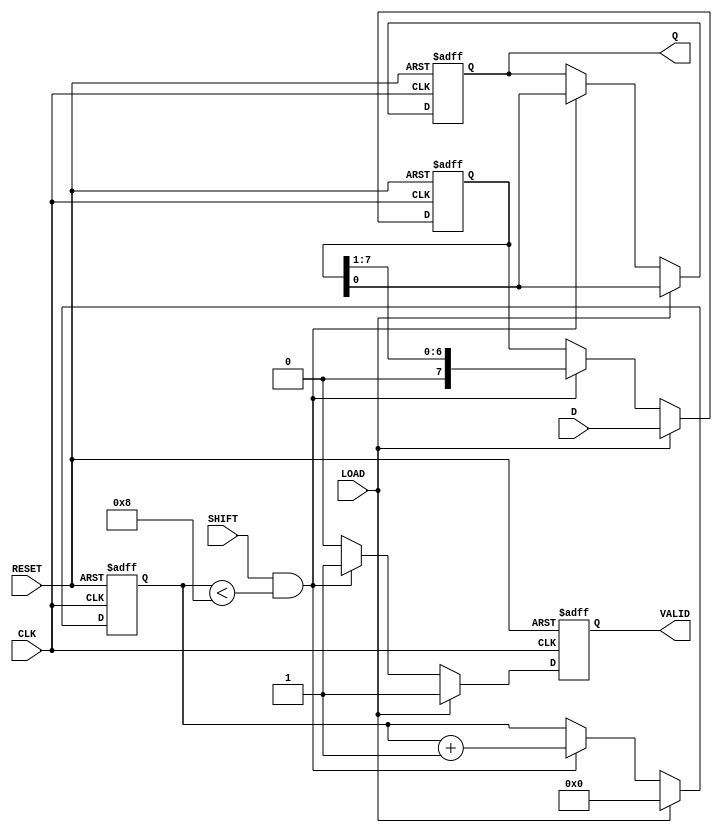
module piso_register #(
    parameter N = 8  // Width of the register
) (
    input  wire [N-1:0] D,       // Parallel Data Input
    input  wire LOAD,             // Load Signal
    input  wire SHIFT,            // Shift Signal
    input  wire CLK,              // Clock Signal
    input  wire RESET,            // Reset Signal
    output reg  Q,                // Serial Output
    output reg  VALID              // Shifted Data Valid Signal
);

    reg [N-1:0] SR;               // Internal Shift Register
    reg [3:0] shift_count;        // Count for shifted data

    always @(posedge CLK or posedge RESET) begin
        if (RESET) begin
            SR <= 0;               // Reset the register
            Q <= 0;                // Reset serial output
            VALID <= 0;            // Reset valid signal
            shift_count <= 0;      // Reset shift count
        end
        else begin
            if (LOAD) begin
                SR <= D;           // Load parallel data into the register
                Q <= SR[0];        // Output the LSB of the SR
                VALID <= 1;        // Data is valid after loading
                shift_count <= 0;  // Reset shift count
            end
            else if (SHIFT && (shift_count < N)) begin
                Q <= SR[0];        // Output the LSB of the SR
                SR <= {1'b0, SR[N-1:1]}; // Shift right, MSB filled with 0
                VALID <= 1;        // Data is valid while shifting
                shift_count <= shift_count + 1; // Increment shift count
            end
            else begin
                VALID <= 0;        // No valid data if neither LOAD nor SHIFT is active
            end
        end
    end

endmodule